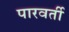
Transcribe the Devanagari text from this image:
पारवर्ती